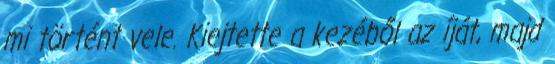
mi történt vele. Kiejtette a kezéből az íját, majd